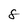
Character: 8